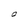
Character: O